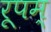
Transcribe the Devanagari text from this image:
रूपम्‌